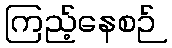
ကြည့်နေစဉ်